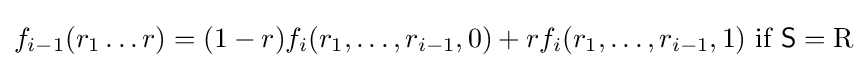
f_{i-1}(r_{1}\dots r)=(1-r)f_{i}(r_{1},\dots ,r_{i-1},0)+rf_{i}(r_{1},\dots ,r_{i-1},1){\text{ if }}{\mathsf {S}}=\mathrm {R}